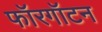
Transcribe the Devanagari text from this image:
फॉरगॉटन